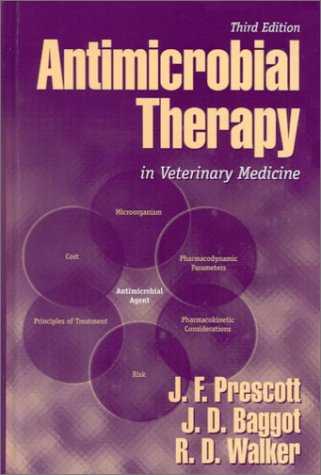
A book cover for Antimicrobial Therapy in Veterinary Medicine; Medical Books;